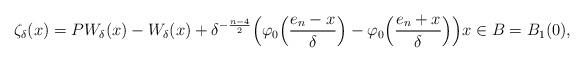
LaTeX: \begin{align*} \zeta_\delta(x)=PW_{\delta}(x)-W_{\delta}(x)+\delta^{-\frac{n-4}{2}}\Big(\varphi_0\Big(\frac{e_n-x}{\delta}\Big)-\varphi_0\Big(\frac{e_n+x}{\delta}\Big)\Big) x\in {B}=B_1(0), \end{align*}